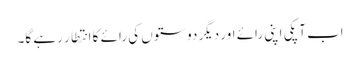
اب آپکی اپنی رائے اور دیگر دوستوں کی رائے کا انتطار رہے گا۔